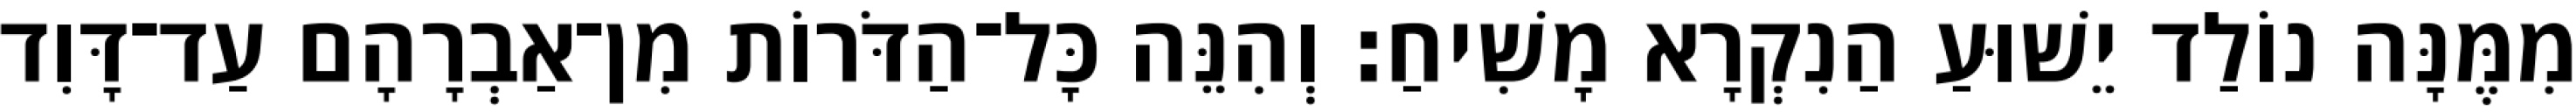
מִמֶּנָּה נוֹלַד יֵשׁוּעַ הַנִקְרָא מָשִׁיחַ׃ וְהִנֵּה כָּל־הַדֹּרוֹת מִן־אַבְרָהָם עַד־דָּוִד